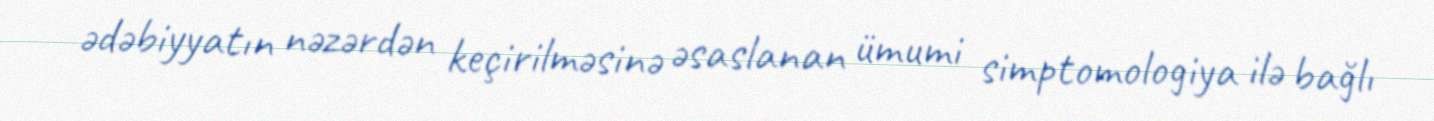
ədəbiyyatın nəzərdən keçirilməsinə əsaslanan ümumi simptomologiya ilə bağlı